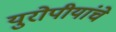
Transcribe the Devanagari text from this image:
युरोपीयांचे